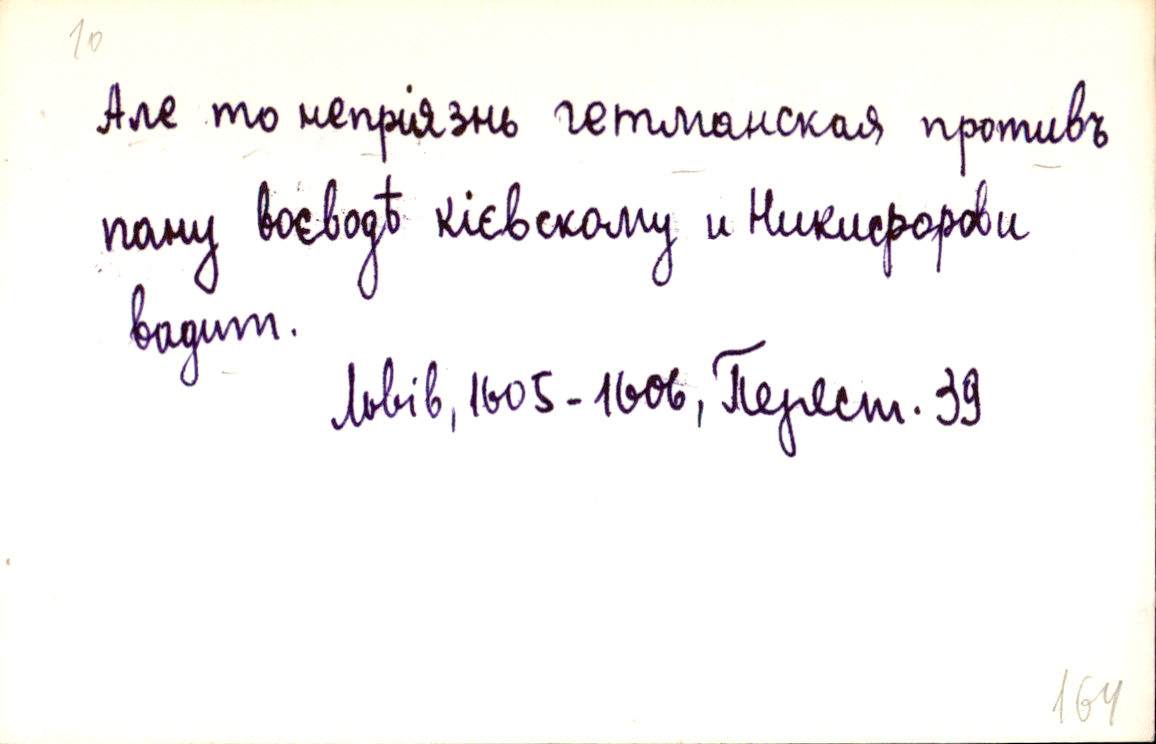
Але то непріязнь гетманская противъ
пану воєводѣ кієвскому и Никифорови
вадит.
Львів, 1605-1606, Перест. 39